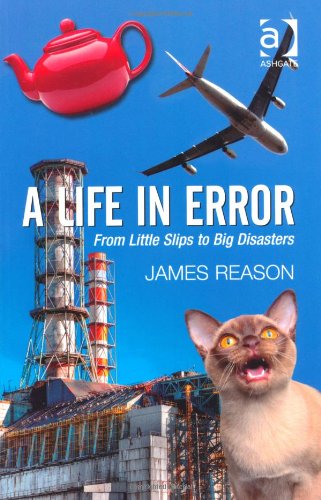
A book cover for A Life in Error: From Little Slips to Big Disasters; James Reason; Medical Books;